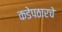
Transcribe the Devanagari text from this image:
कडेपठारचे